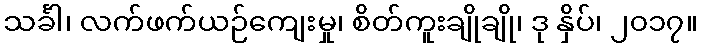
သင်္ခါ၊ လက်ဖက်ယဉ်ကျေးမှု၊ စိတ်ကူးချိုချို၊ ဒု နှိပ်၊ ၂၀၁၇။